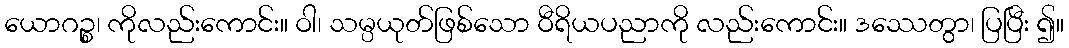
ယောဂဉ္စ၊ ကိုလည်းကောင်း။ ဝါ၊ သမ္ပယုတ်ဖြစ်သော ဝီရိယပညာကို လည်းကောင်း။ ဒဿေတွာ၊ ပြပြီး ၍။